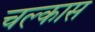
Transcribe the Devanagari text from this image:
चल्कास